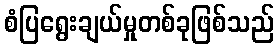
စံပြရွေးချယ်မှုတစ်ခုဖြစ်သည်